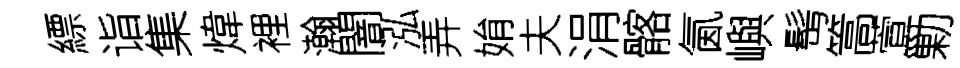
縹诣集煒裡瀚闇泓弄姢夫涓髂氤嶼髩篙萱勦